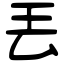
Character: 丟